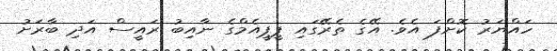
ހައްޔަރު ކޮށްފަ އެވެ. އޭގެ ތެރޭގައި ޕީޕީއެމްގެ ނާއިބު ރައީސް އަދި ބާރަށު